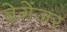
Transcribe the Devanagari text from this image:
ब्रेगेंजर